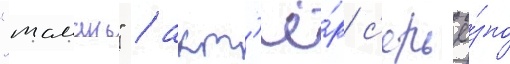
"тамань" / акт'ё́р с'ерьё́зно